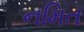
નમિત